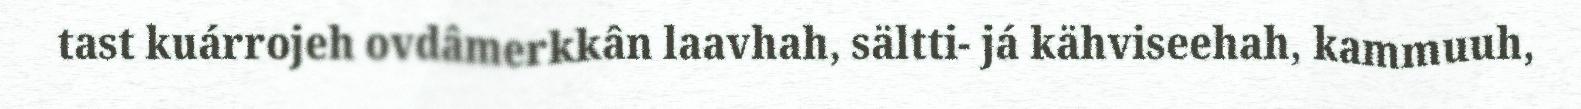
tast kuárrojeh ovdâmerkkân laavhah, sältti- já kähviseehah, kammuuh,